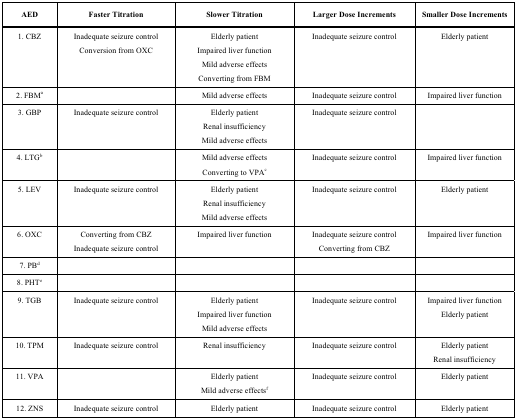
| AED | Faster Titration | Slower Titration | Larger Dose Increments | Smaller Dose Increments |
 | --- | --- | --- | --- | --- |
 | 1. CBZ | Inadequate seizure controlConversion from OXC | Elderly patientImpaired liver functionMild adverse effectsConverting from FBM | Inadequate seizure control | Elderly patient |
 | 2. FBMa |  | Mild adverse effects | Inadequate seizure control | Impaired liver function |
 | 3. GBP | Inadequate seizure control | Elderly patientRenal insufficiencyMild adverse effects | Inadequate seizure control |  |
 | 4. LTGb |  | Mild adverse effectsConverting to VPAc | Inadequate seizure control | Impaired liver function |
 | 5. LEV | Inadequate seizure control | Elderly patientRenal insufficiencyMild adverse effects | Inadequate seizure control | Elderly patient |
 | 6. OXC | Converting from CBZInadequate seizure control | Impaired liver function | Inadequate seizure controlConverting from CBZ | Impaired liver function |
 | 7. PBd |  |  |  |  |
 | 8. PHTe |  |  |  |  |
 | 9. TGB | Inadequate seizure control | Elderly patientImpaired liver functionMild adverse effects | Inadequate seizure control | Impaired liver functionElderly patient |
 | 10. TPM | Inadequate seizure control | Renal insufficiency | Inadequate seizure control | Elderly patientRenal insufficiency |
 | 11. VPA |  | Elderly patientMild adverse effectsf | Inadequate seizure control | Elderly patient |
 | 12. ZNS | Inadequate seizure control | Elderly patient | Inadequate seizure control | Elderly patient |